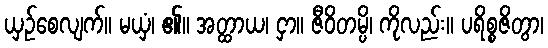
ယှဉ်စေလျက်။ မယှံ၊ ၏။ အတ္ထာယ၊ ငှာ။ ဇီဝိတမ္ပိ၊ ကိုလည်း။ ပရိစ္စဇိတွာ၊